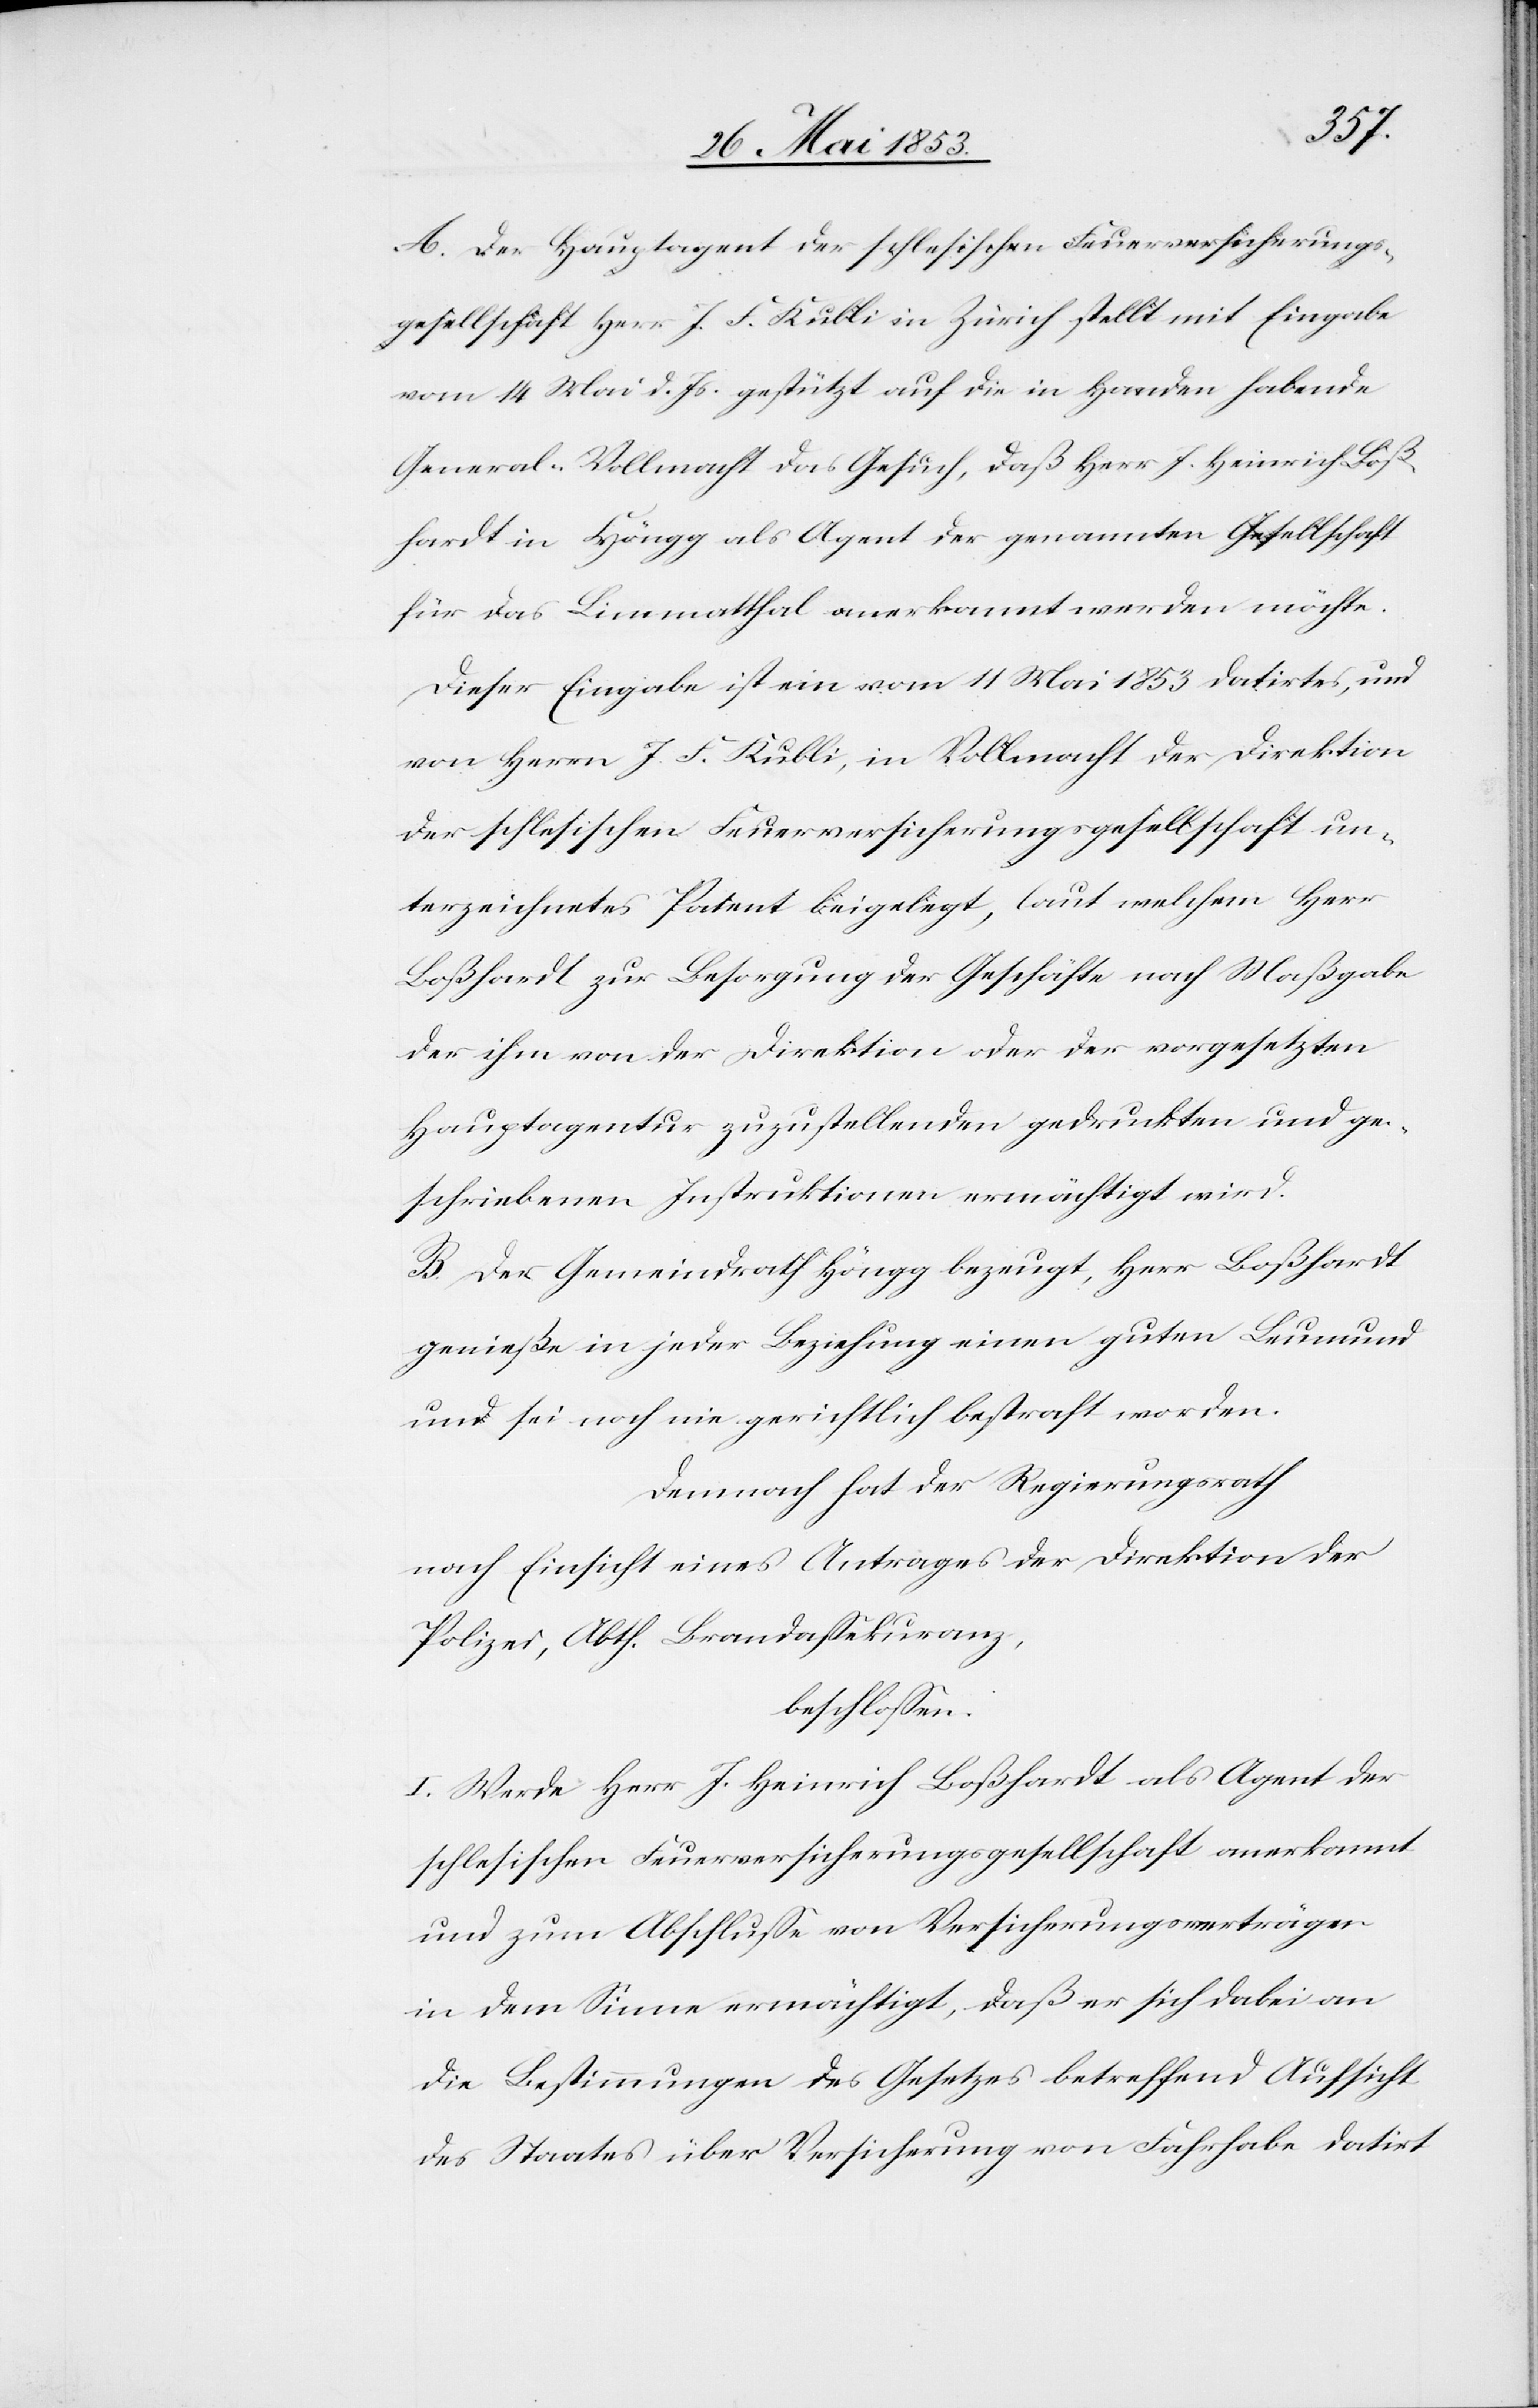
A. Der Hauptagent der schlesischen Feuerversicherungs¬
gesellschaft Herr J. F. Kubli in Zürich stellt mit Eingabe
vom 14 Mai d. Js. gestützt auf die in Handen habende
General-Vollmacht das Gesuch, daß Herr J. Heinrich Boß¬
hardt in Höngg als Agent der genannten Gesellschaft
für das Limmatthal anerkannt werden möchte.
Dieser Eingabe ist ein vom 14 Mai 1853 datirtes, und
von Herrn J. F. Kubli, in Vollmacht der Direktion
der schlesischen Feuerversicherungsgesellschaft un¬
terzeichnetes Patent beigelegt, laut welchem Herr
Boßhardt zur Besorgung der Geschäfte nach Maßgabe
der ihm von der Direktion oder der vorgesetzten
Hauptagentur zuzustellenden gedruckten und ge¬
schriebenen Instruktionen ermächtigt wird.
B. Der Gemeindrath Höngg bezeugt, Herr Boßhardt
genieße in jeder Beziehung einen guten Leumund
und sei noch nie gerichtlich bestraft worden.
Demnach hat der Regierungsrath
nach Einsicht eines Antrages der Direktion der
Polizei, Abth. Brandaßekuranz,
beschloßen:
I. Werde Herr J. Heinrich Boßhardt als Agent der
schlesischen Feuerversicherungsgesellschaft anerkannt
und zum Abschluße von Versicherungsverträgen
in dem Sinne ermächtigt, daß er sich dabei an
die Bestimmungen des Gesetzes betreffend Aufsicht
des Staates über Versicherung von Fahrhabe datirt